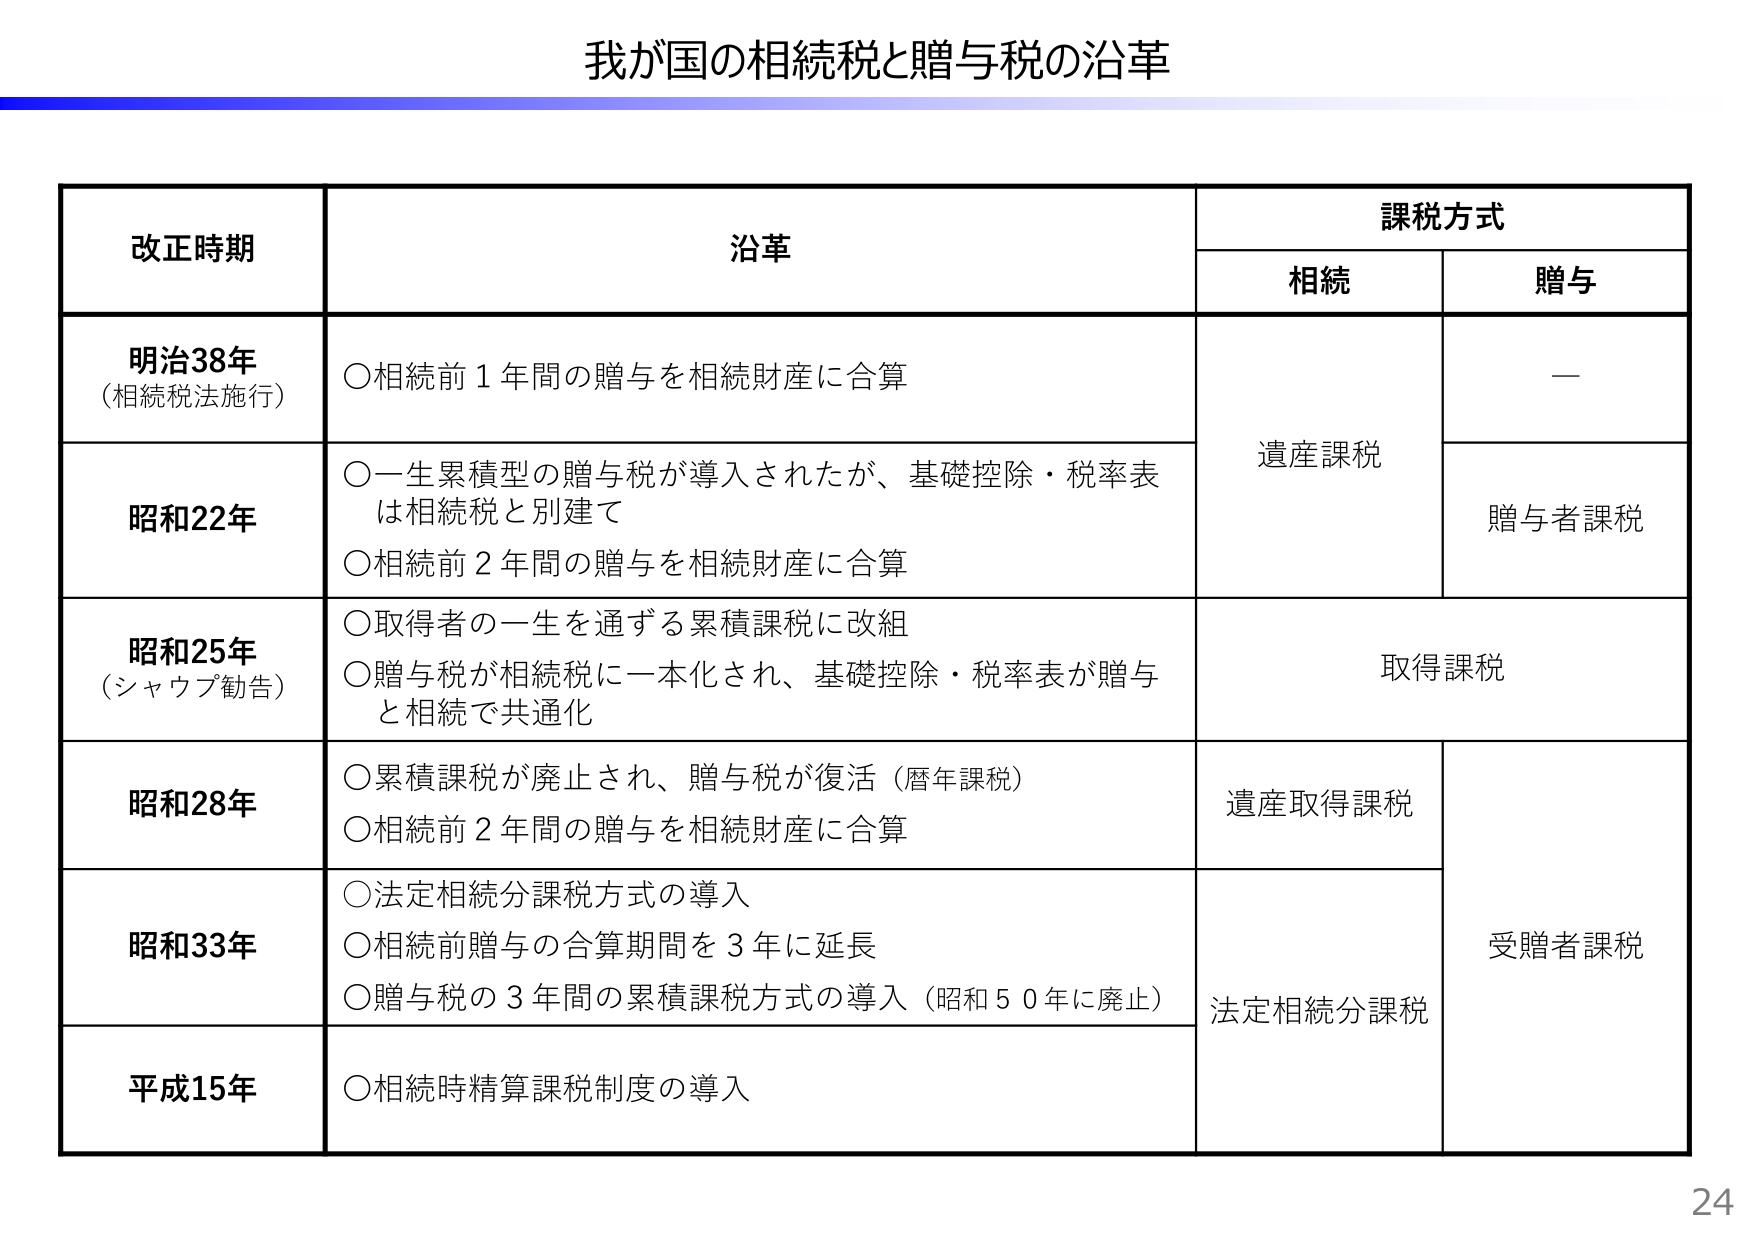
我が国の相続税と贈与税の沿革

改正時期　　　　　　　　沿革